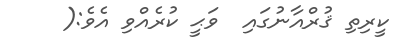
ކީރިތި ޤުރްއާނުގައި  ވަޙީ ކުރެއްވި އެވެ:(